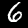
Digit: 6